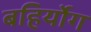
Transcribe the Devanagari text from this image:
बहिर्योग